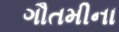
ગૌતમીના